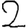
Digit: 2